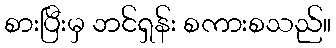
စားပြီးမှ ဘင်ရှန်း စကားစသည်။